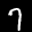
Label: 7